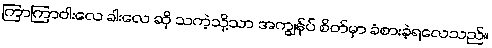
ကြာကြာဝါးလေ ခါးလေ ဆို သကဲ့သို့သာ အကျွန်ုပ် စိတ်မှာ ခံစားခဲ့ရလေသည်။